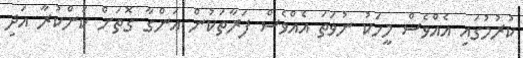
ކުރުމުގައި އެއްވެސް މީހަކު ނުވަތަ އެއްވެސް ފަރާތަކުން އަންގާ ގޮތަށް ކަންކުރާ އަދި